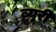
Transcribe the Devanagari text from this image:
ब्यूरी